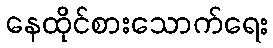
နေထိုင်စားသောက်ရေး